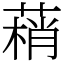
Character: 䔠